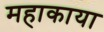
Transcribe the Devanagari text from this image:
महाकाया